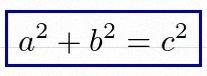
a^2+b^2=c^2